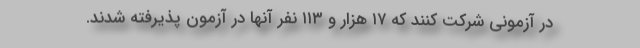
در آزمونی شرکت کنند که ۱۷ هزار و ۱۱۳ نفر آنها در آزمون پذیرفته شدند.